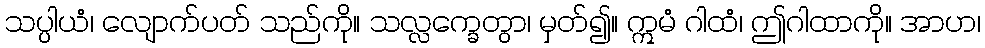
သပ္ပါယံ၊ လျောက်ပတ် သည်ကို။ သလ္လက္ခေတွာ၊ မှတ်၍။ ဣမံ ဂါထံ၊ ဤဂါထာကို။ အာဟ၊